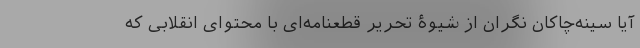
آیا سینه‌چاکان نگران از شیوۀ تحریر قطعنامه‌ای با محتوای انقلابی که